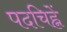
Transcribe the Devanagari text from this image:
पदचिह्नें